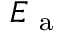
E _ { \mathrm { ~ a ~ } }